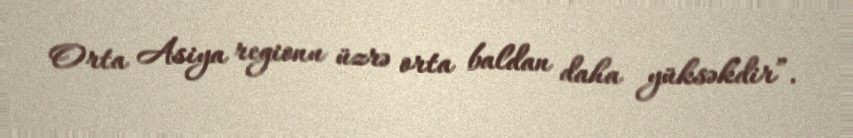
Orta Asiya regionu üzrə orta baldan daha yüksəkdir”.